Mental hospitals Bombay report 1921-28 - 1921-1928
Year: 1921
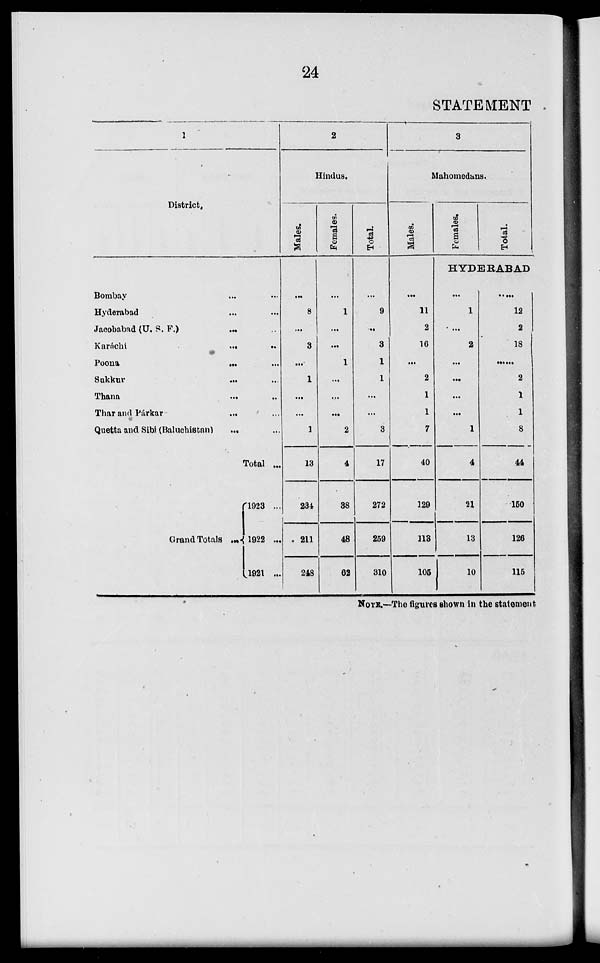
24
STATEMENT
1
District.
Bombay ... ...
Hyderabad ... ...
Jacobabad (U. S. F.)... ...
Karáchi
...
...
Poona
...
...
Sukkur... ...
Thana
...
...
Thar and Párkar
...
...
Quetta and Sibi (Baluchistan) ... ...
Total ...
Grand Totals ...
1923 ...
1922 ...
1921 ...
2
Hindus.
Males.
...
8
...
3
...
1
...
...
1
13
234
211
218
Females.
...
1
...
...
1
...
....
...
2
4
38
48
62
Total.
...
9
...
3
1
1
...
...
3
17
272
259
310
3
Mahomedans.
Males.
...
11
2
16
...
2
1
1
7
40
129
113
105
Females.
Total.
HYDERABAD
...
1
...
2
...
...
...
...
1
4
21
13
10
...
12
2
18
2
1
1
8
44
150
126
115
NOTE.—The figures shown in the statement